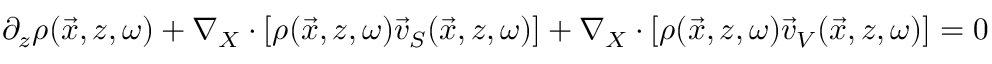
\begin{array} { r } { \partial _ { z } \rho ( \vec { x } , z , \omega ) + \nabla _ { X } \cdot \left[ \rho ( \vec { x } , z , \omega ) \vec { v } _ { S } ( \vec { x } , z , \omega ) \right] + \nabla _ { X } \cdot \left[ \rho ( \vec { x } , z , \omega ) \vec { v } _ { V } ( \vec { x } , z , \omega ) \right] = 0 } \end{array}